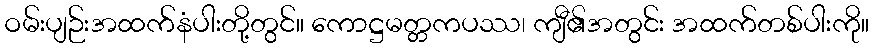
ဝမ်းပျဉ်းအထက်နံပါးတို့တွင်။ ကောဋ္ဌမတ္တကပဿ၊ ကျီ၏အတွင်း အထက်တစ်ပါးကို။